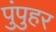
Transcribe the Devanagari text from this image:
पुंपुहर